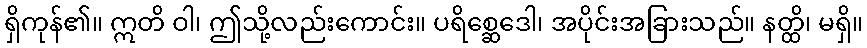
ရှိကုန်၏။ ဣတိ ဝါ၊ ဤသို့လည်းကောင်း။ ပရိစ္ဆေဒေါ၊ အပိုင်းအခြားသည်။ နတ္ထိ၊ မရှိ။